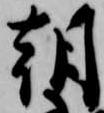
朝